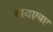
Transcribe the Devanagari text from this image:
वायएचए